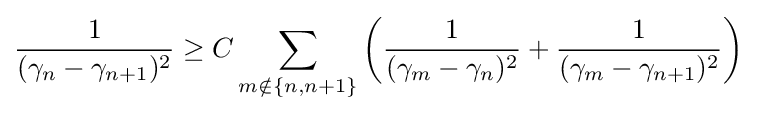
{\frac {1}{(\gamma _{n}-\gamma _{n+1})^{2}}}\geq C\sum _{m\notin \{n,n+1\}}\left({\frac {1}{(\gamma _{m}-\gamma _{n})^{2}}}+{\frac {1}{(\gamma _{m}-\gamma _{n+1})^{2}}}\right)